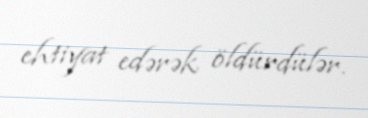
ehtiyat edərək öldürdülər.